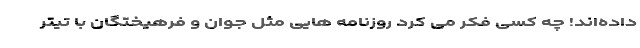
داده‌اند! چه کسی فکر می کرد روزنامه هایی مثل جوان و فرهیختگان با تیتر